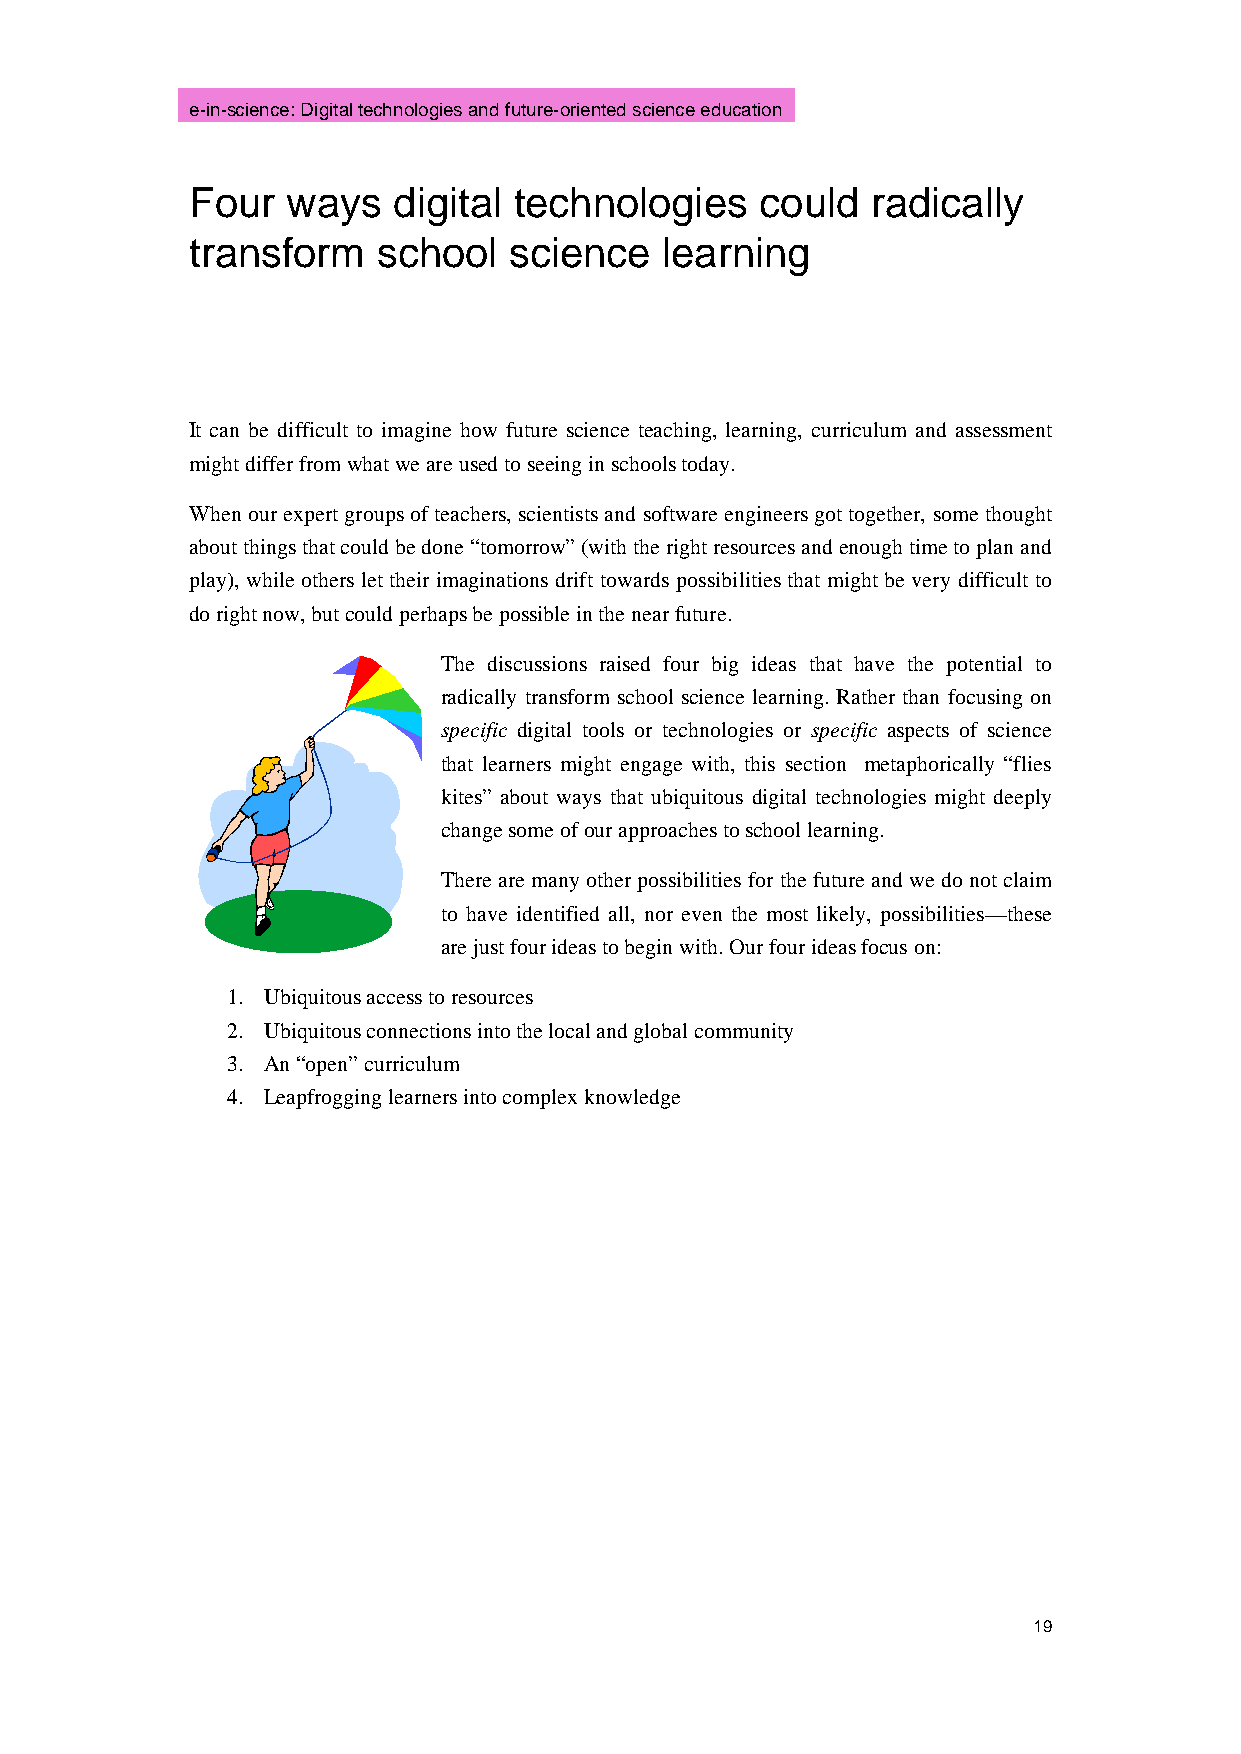
e-in-science: Digital technologies and future-oriented science education
 Four  ways   digital technologies    could   radically
 transform   school   science   learning
 It can be difficult to imagine how future science teaching, learning, curriculum and assessment
 might differ from what we are used to seeing in schools today.
 When our expert groups of teachers, scientists and software engineers got together, some thought
 about things that could be done “tomorrow” (with the right resources and enough time to plan and
 play), while others let their imaginations drift towards possibilities that might be very difficult to
 do right now, but could perhaps be possible in the near future.
 The discussions raised four big ideas that have the potential to
 radically transform school science learning. Rather than focusing on
 specific digital tools or technologies or specific aspects of science
 that learners might engage with, this section metaphorically “flies
 kites” about ways that ubiquitous digital technologies might deeply
 change some of our approaches to school learning.
 There are many other possibilities for the future and we do not claim
 to have identified all, nor even the most likely, possibilities—these
 are just four ideas to begin with. Our four ideas focus on:
 1. Ubiquitous access to resources
 2. Ubiquitous connections into the local and global community
 3. An “open” curriculum
 4. Leapfrogging learners into complex knowledge
 19